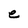
Character: e